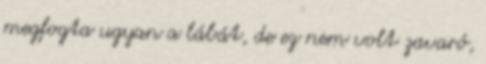
megfogta ugyan a lábát, de ez nem volt zavaró,